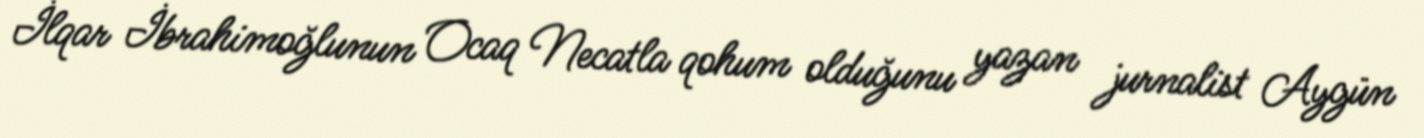
İlqar İbrahimoğlunun Ocaq Necatla qohum olduğunu yazan jurnalist Aygün